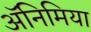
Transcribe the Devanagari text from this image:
अॅनिमिया